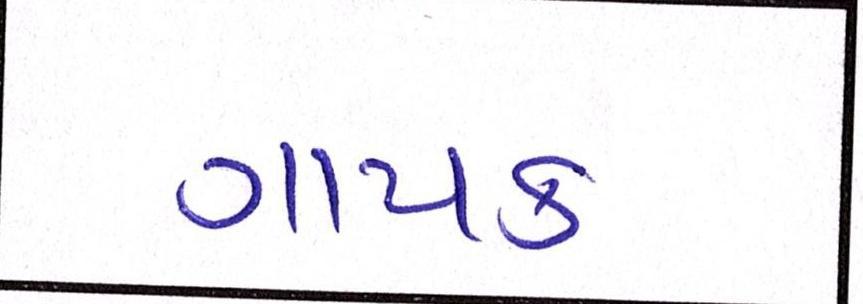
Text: ગાયક